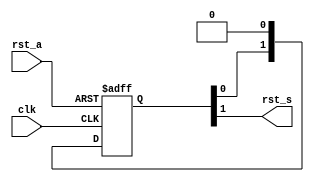
module  omsp_sync_reset (

// OUTPUTs
    rst_s,                        // Synchronized reset

// INPUTs
    clk,                          // Receiving clock
    rst_a                         // Asynchronous reset
);

// OUTPUTs
//=========
output              rst_s;        // Synchronized reset

// INPUTs
//=========
input               clk;          // Receiving clock
input               rst_a;        // Asynchronous reset


//=============================================================================
// 1)  SYNCHRONIZER
//=============================================================================

reg    [1:0] data_sync;

always @(posedge clk or posedge rst_a)
  if (rst_a) data_sync <=  2'b11;
  else       data_sync <=  {data_sync[0], 1'b0};

assign       rst_s      =   data_sync[1];


endmodule